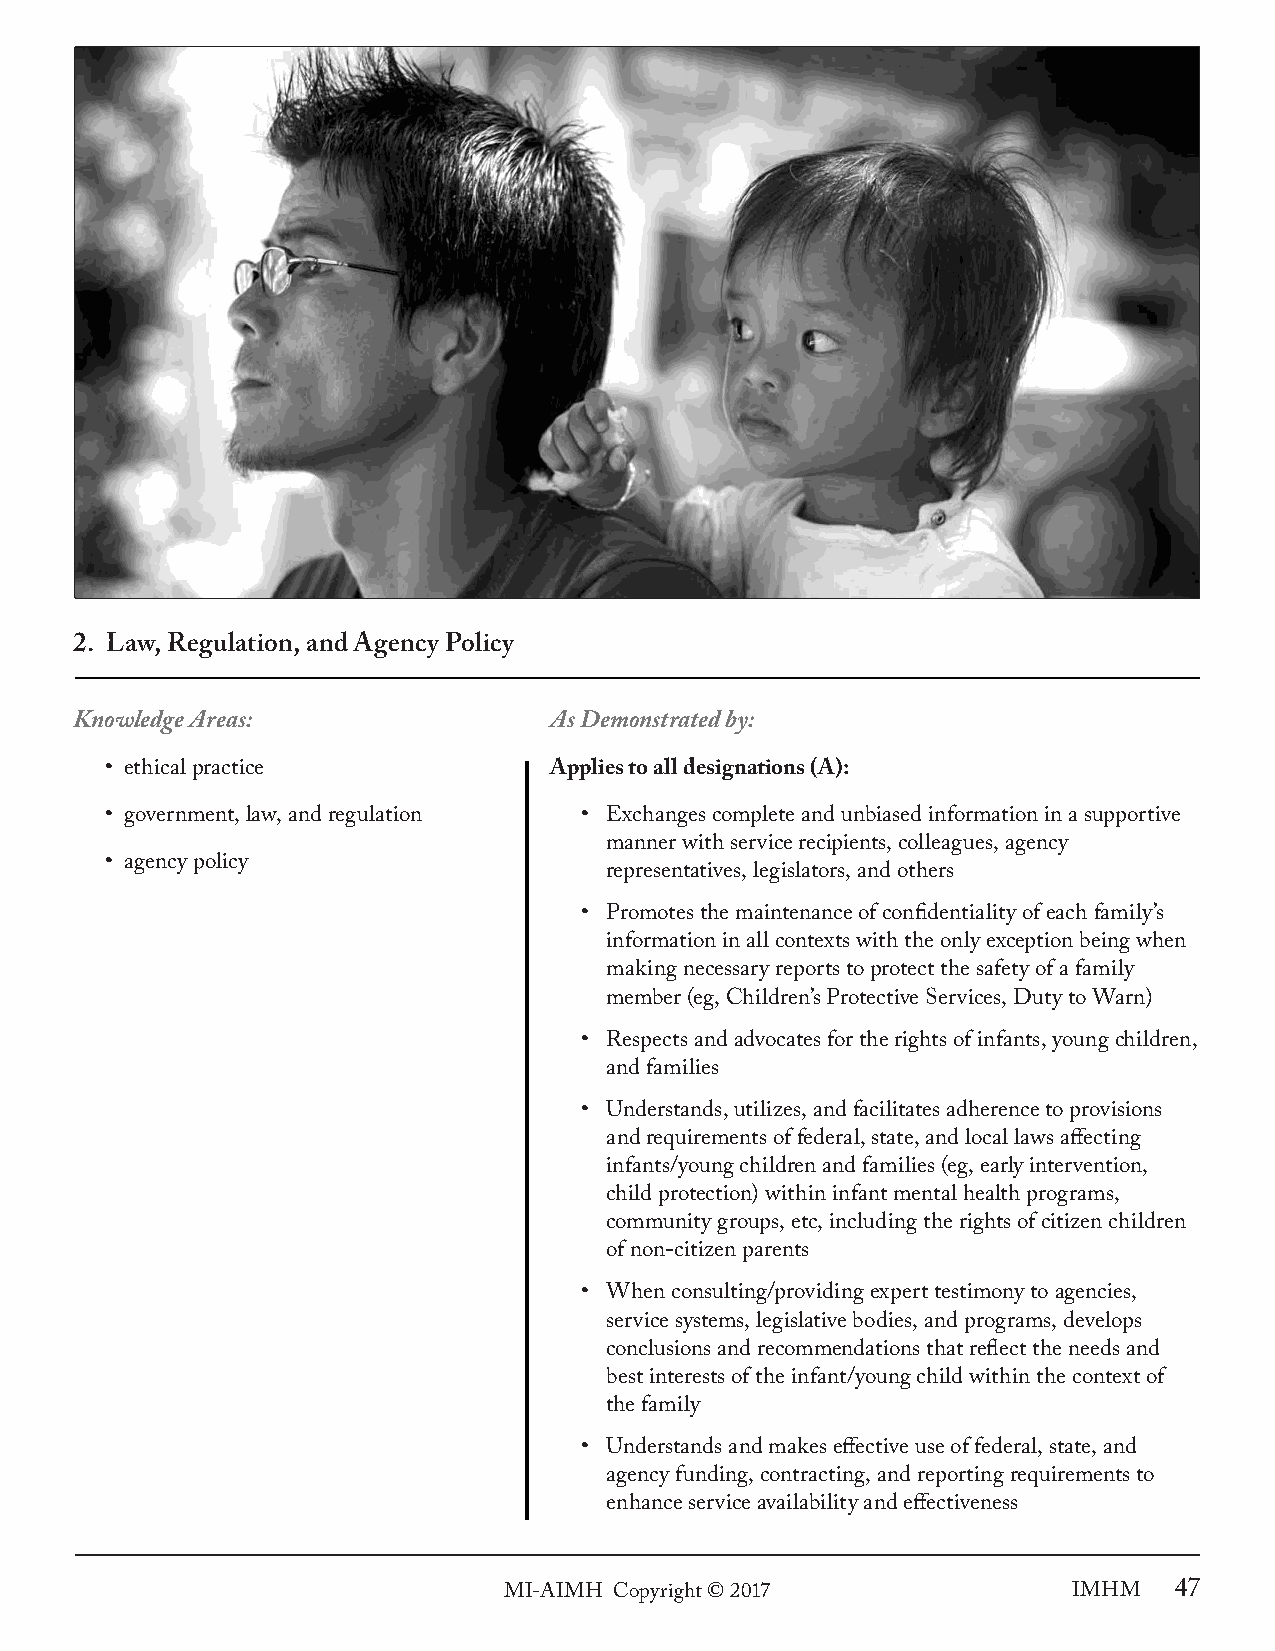
2. Law, Regulation, and Agency Policy
 Knowledge Areas:               As Demonstrated by:
 • ethical practice           Applies to all designations (A):
 • government, law, and regulation • Exchanges complete and unbiased information in a supportive
 manner with service recipients, colleagues, agency
 • agency policy
 representatives, legislators, and others
 • Promotes the maintenance of confidentiality of each family’s
 information in all contexts with the only exception being when
 making necessary reports to protect the safety of a family
 member (eg, Children’s Protective Services, Duty to Warn)
 • Respects and advocates for the rights of infants, young children,
 and families
 • Understands, utilizes, and facilitates adherence to provisions
 and requirements of federal, state, and local laws affecting
 infants/young children and families (eg, early intervention,
 child protection) within infant mental health programs,
 community groups, etc, including the rights of citizen children
 of non-citizen parents
 • When consulting/providing expert testimony to agencies,
 service systems, legislative bodies, and programs, develops
 conclusions and recommendations that reflect the needs and
 best interests of the infant/young child within the context of
 the family
 • Understands and makes effective use of federal, state, and
 agency funding, contracting, and reporting requirements to
 enhance service availability and effectiveness
 MI-AIMH Copyright © 2017              IMHM   47